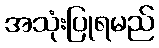
အသုံးပြုရမည်